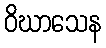
ဝိဃာသေန